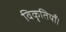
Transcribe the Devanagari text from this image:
विकृतियाँ।